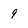
Character: 9